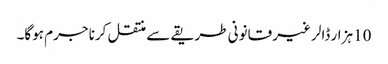
10 ہزار ڈالر غیر قانونی طریقے سے منتقل کرنا جرم ہوگا۔